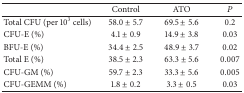
|  | Control | ATO | P |
 | --- | --- | --- | --- |
 | Total CFU (per 103 cells) | 58.0 ± 5.7 | 69.5 ± 5.6 | 0.2 |
 | CFU-E (%) | 4.1 ± 0.9 | 14.9 ± 3.8 | 0.03 |
 | BFU-E (%) | 34.4 ± 2.5 | 48.9 ± 3.7 | 0.02 |
 | Total E (%) | 38.5 ± 2.3 | 63.3 ± 5.6 | 0.007 |
 | CFU-GM (%) | 59.7 ± 2.3 | 33.3 ± 5.6 | 0.005 |
 | CFU-GEMM (%) | 1.8 ± 0.2 | 3.3 ± 0.5 | 0.03 |